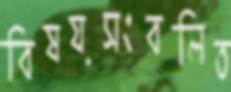
বিষয়সংবলিত